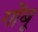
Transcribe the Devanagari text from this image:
गोंबू